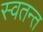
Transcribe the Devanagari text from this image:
स्वतन्त